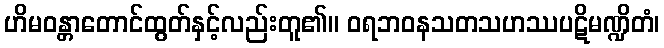
ဟိမဝန္တာတောင်ထွတ်နှင့်လည်းတူ၏။ ဝရဘဝနသတသဟဿပဋိမဏ္ဍိတံ၊